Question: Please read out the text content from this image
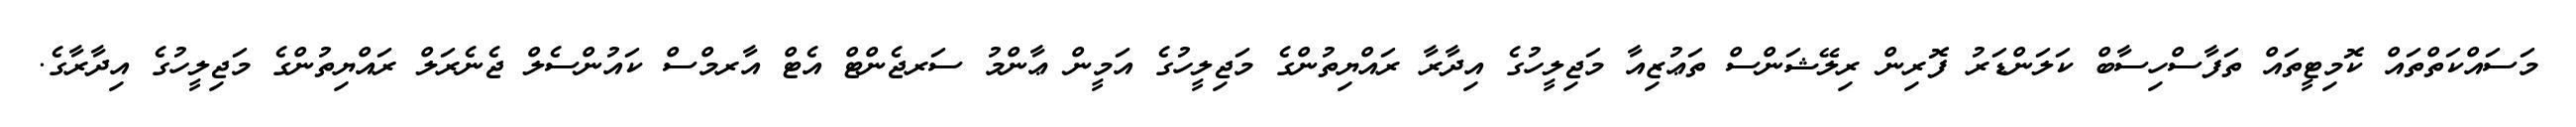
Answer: މަސައްކަތްތައް ކޮމިޓީތައް ތަފާސްހިސާބް ކަލަންޑަރު ފޮރިން ރިލޭޝަންސް ތަޢުޒިއާ މަޖިލީހުގެ އިދާރާ ރައްޔިތުންގެ މަޖިލީހުގެ އަމީން ޢާންމު ސަރޖެންޓް އެޓް އާރމްސް ކައުންސެލް ޖެނެރަލް ރައްޔިތުންގެ މަޖިލީހުގެ އިދާރާގެ.